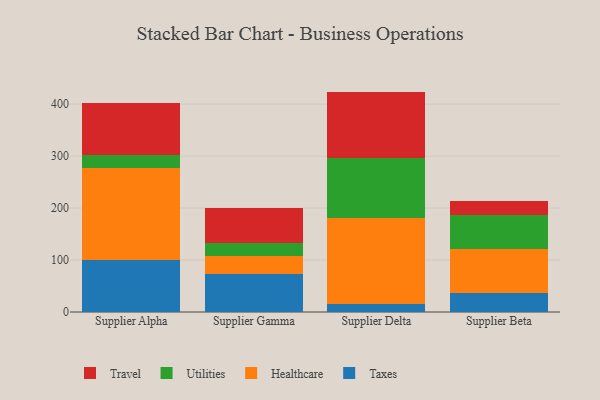
{"axis": {"x": "Supplier", "y": "Production Output"}, "legend": ["Healthcare", "Taxes", "Travel", "Utilities"], "data": [{"x": "Supplier Alpha", "y": 100.1, "type": "Taxes"}, {"x": "Supplier Alpha", "y": 177.5, "type": "Healthcare"}, {"x": "Supplier Alpha", "y": 24.5, "type": "Utilities"}, {"x": "Supplier Alpha", "y": 99.8, "type": "Travel"}, {"x": "Supplier Gamma", "y": 73.3, "type": "Taxes"}, {"x": "Supplier Gamma", "y": 33.8, "type": "Healthcare"}, {"x": "Supplier Gamma", "y": 26.2, "type": "Utilities"}, {"x": "Supplier Gamma", "y": 67.3, "type": "Travel"}, {"x": "Supplier Delta", "y": 15.4, "type": "Taxes"}, {"x": "Supplier Delta", "y": 166.4, "type": "Healthcare"}, {"x": "Supplier Delta", "y": 114.7, "type": "Utilities"}, {"x": "Supplier Delta", "y": 127.6, "type": "Travel"}, {"x": "Supplier Beta", "y": 36.1, "type": "Taxes"}, {"x": "Supplier Beta", "y": 84.4, "type": "Healthcare"}, {"x": "Supplier Beta", "y": 66.6, "type": "Utilities"}, {"x": "Supplier Beta", "y": 26.0, "type": "Travel"}]}